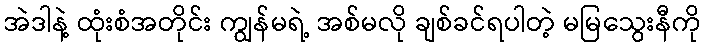
အဲဒါနဲ့ ထုံးစံအတိုင်း ကျွန်မရဲ့ အစ်မလို ချစ်ခင်ရပါတဲ့ မမြသွေးနီကို